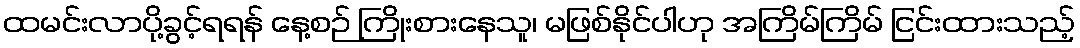
ထမင်းလာပို့ခွင့်ရရန် နေ့စဉ် ကြိုးစားနေသူ၊ မဖြစ်နိုင်ပါဟု အကြိမ်ကြိမ် ငြင်းထားသည့်